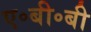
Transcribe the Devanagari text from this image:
ए॰बी॰बी